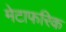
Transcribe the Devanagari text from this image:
मेटाफरिक